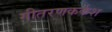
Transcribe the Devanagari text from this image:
गीतरणकर्कश